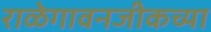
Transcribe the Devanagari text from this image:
राळेगावनजीकच्या